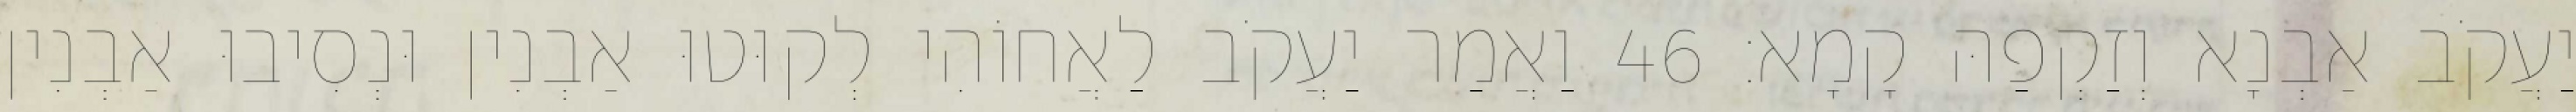
יַעֲקֹב אַבְנָא וְזַקְפַהּ קָמָא׃ 46 וַאֲמַר יַעֲקֹב לַאֲחוֹהִי לְקוּטוּ אַבְנִין וּנְסִיבוּ אַבְנִין